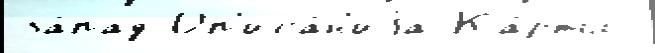
за́пад Оп'иса́н'иjа Ка́рты